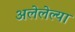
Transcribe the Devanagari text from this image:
अलेलेल्या